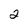
Character: 2